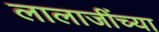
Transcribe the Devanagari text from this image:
लालाजींच्या